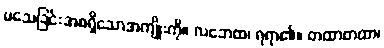
မသေခြင်းအစရှိသောအကျိုးကို။ လဘေထ၊ ရရာ၏။ တထာတထာ၊